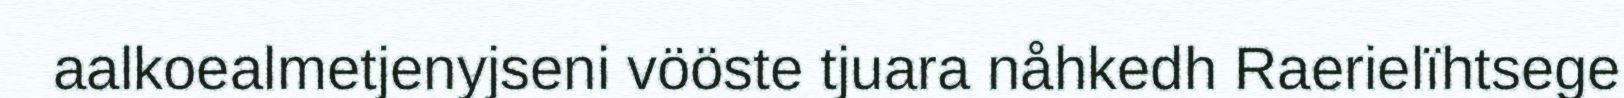
aalkoealmetjenyjseni vööste tjuara nåhkedh Raerielïhtsege